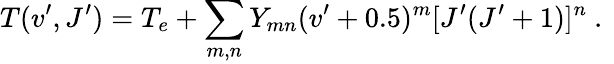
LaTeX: T(v^{\prime},J^{\prime})=T_{e}+\sum_{m,n}Y_{mn}(v^{\prime}+0.5)^{m}[J^{\prime}(J^{\prime}+1)]^{n}\mathrm{~.~}